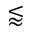
\lessapprox